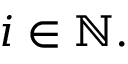
i \in \mathbb { N } .